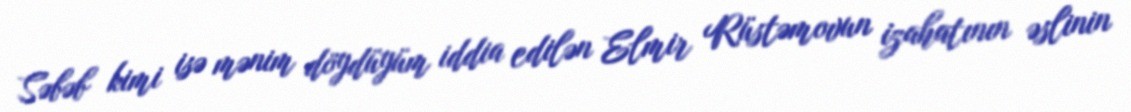
Səbəb kimi isə mənim döydüyüm iddia edilən Elmir Rüstəmovun izahatının əslinin